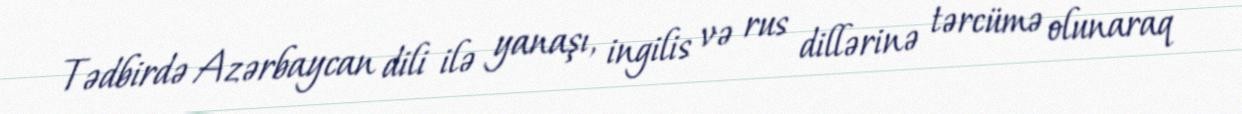
Tədbirdə Azərbaycan dili ilə yanaşı, ingilis və rus dillərinə tərcümə olunaraq